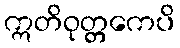
ဣတိဝုတ္တကေပိ